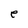
Character: e